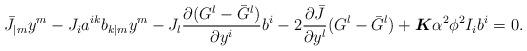
LaTeX: \begin{align*}\bar{J}_{|m}y^m-J_ia^{ik}b_{k|m}y^m-J_l\frac{\partial(G^l-\bar{G}^l)}{\partial y^i}b^i-2\frac{\partial \bar{J}}{\partial y^l}(G^l-\bar{G}^l)+\boldsymbol{K}\alpha^2 \phi^2 I_ib^i=0.\end{align*}